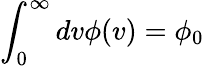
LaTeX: \int_{0}^{\infty}dv\phi(v)=\phi_{0}